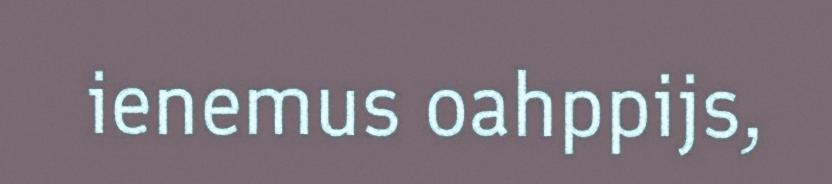
ienemus oahppijs,